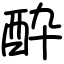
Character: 酔